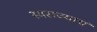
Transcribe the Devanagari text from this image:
स्वराज्याचं